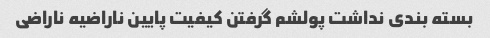
بسته بندی نداشت پولشم گرفتن کیفیت پایین ناراضیه ناراضی